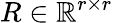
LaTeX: R\in\mathbb{R}^{r\times r}